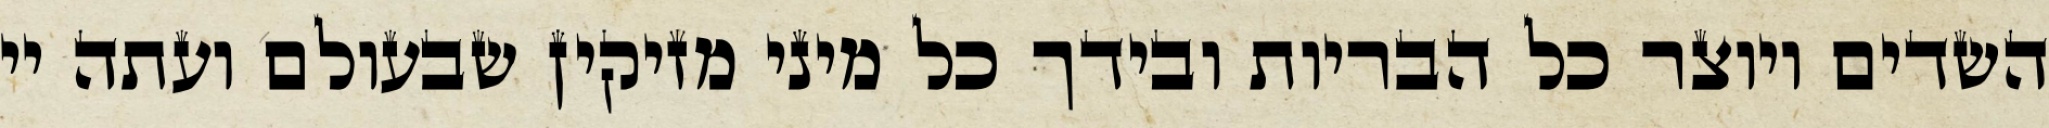
השדים ויוצר כל הבריות ובידך כל מיני מזיקין שבעולם ועתה יי